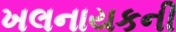
ખલનાયકની